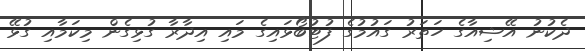
ދެކުނު އޭޝިއާގެ ހަތަރު ގައުމުގެ ފުޓުބޯޅައިގެ މައި އިދާރާ ގުޅިގެން މިކަމާއި ގުޅޭ